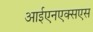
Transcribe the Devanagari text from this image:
आईएनएक्सएस